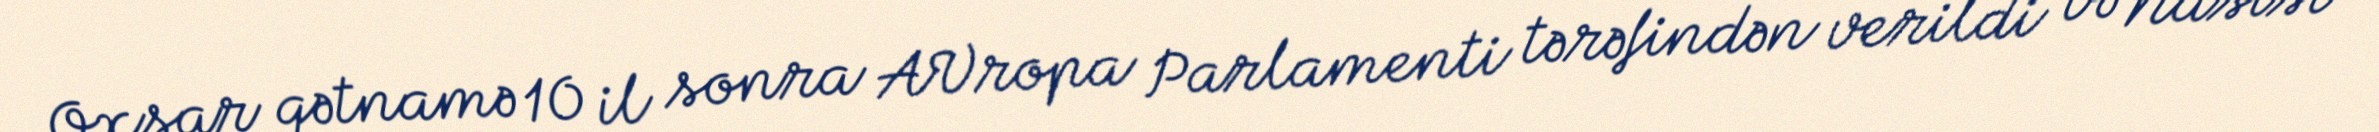
Oxşar qətnamə 10 il sonra AVropa Parlamenti tərəfindən verildi və Nasist